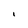
Character: 1